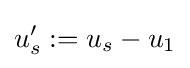
u_{s}':=u_{s}-u_{1}